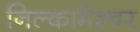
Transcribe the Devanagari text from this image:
निल्कामेश्वर